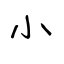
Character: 小